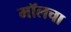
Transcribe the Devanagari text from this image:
मॉलचा